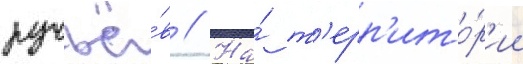
ручьё́в // На́ т'ерр'ито́р'ии